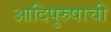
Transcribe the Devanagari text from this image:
आदिपुरुषाची